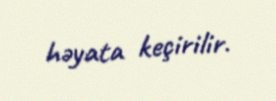
həyata keçirilir.